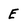
Character: E